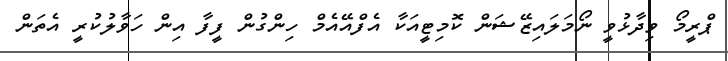
ޕްރީމޯ ވިދާޅުވީ ނޯމަލައިޒޭޝަން ކޮމިޓީއަކާ އެފްއޭއެމް ހިންގުން ފީފާ އިން ހަވާލުކުރީ އެތަން